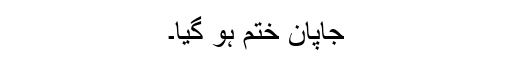
جاپان ختم ہو گیا۔